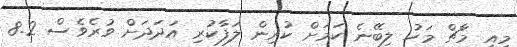
މިއީ މާޗް މަހު ލިބޭނެ ކަމަށް ކުރިން ލަފާކުރި އަދަދަށް ވުރެވެސް 8.2